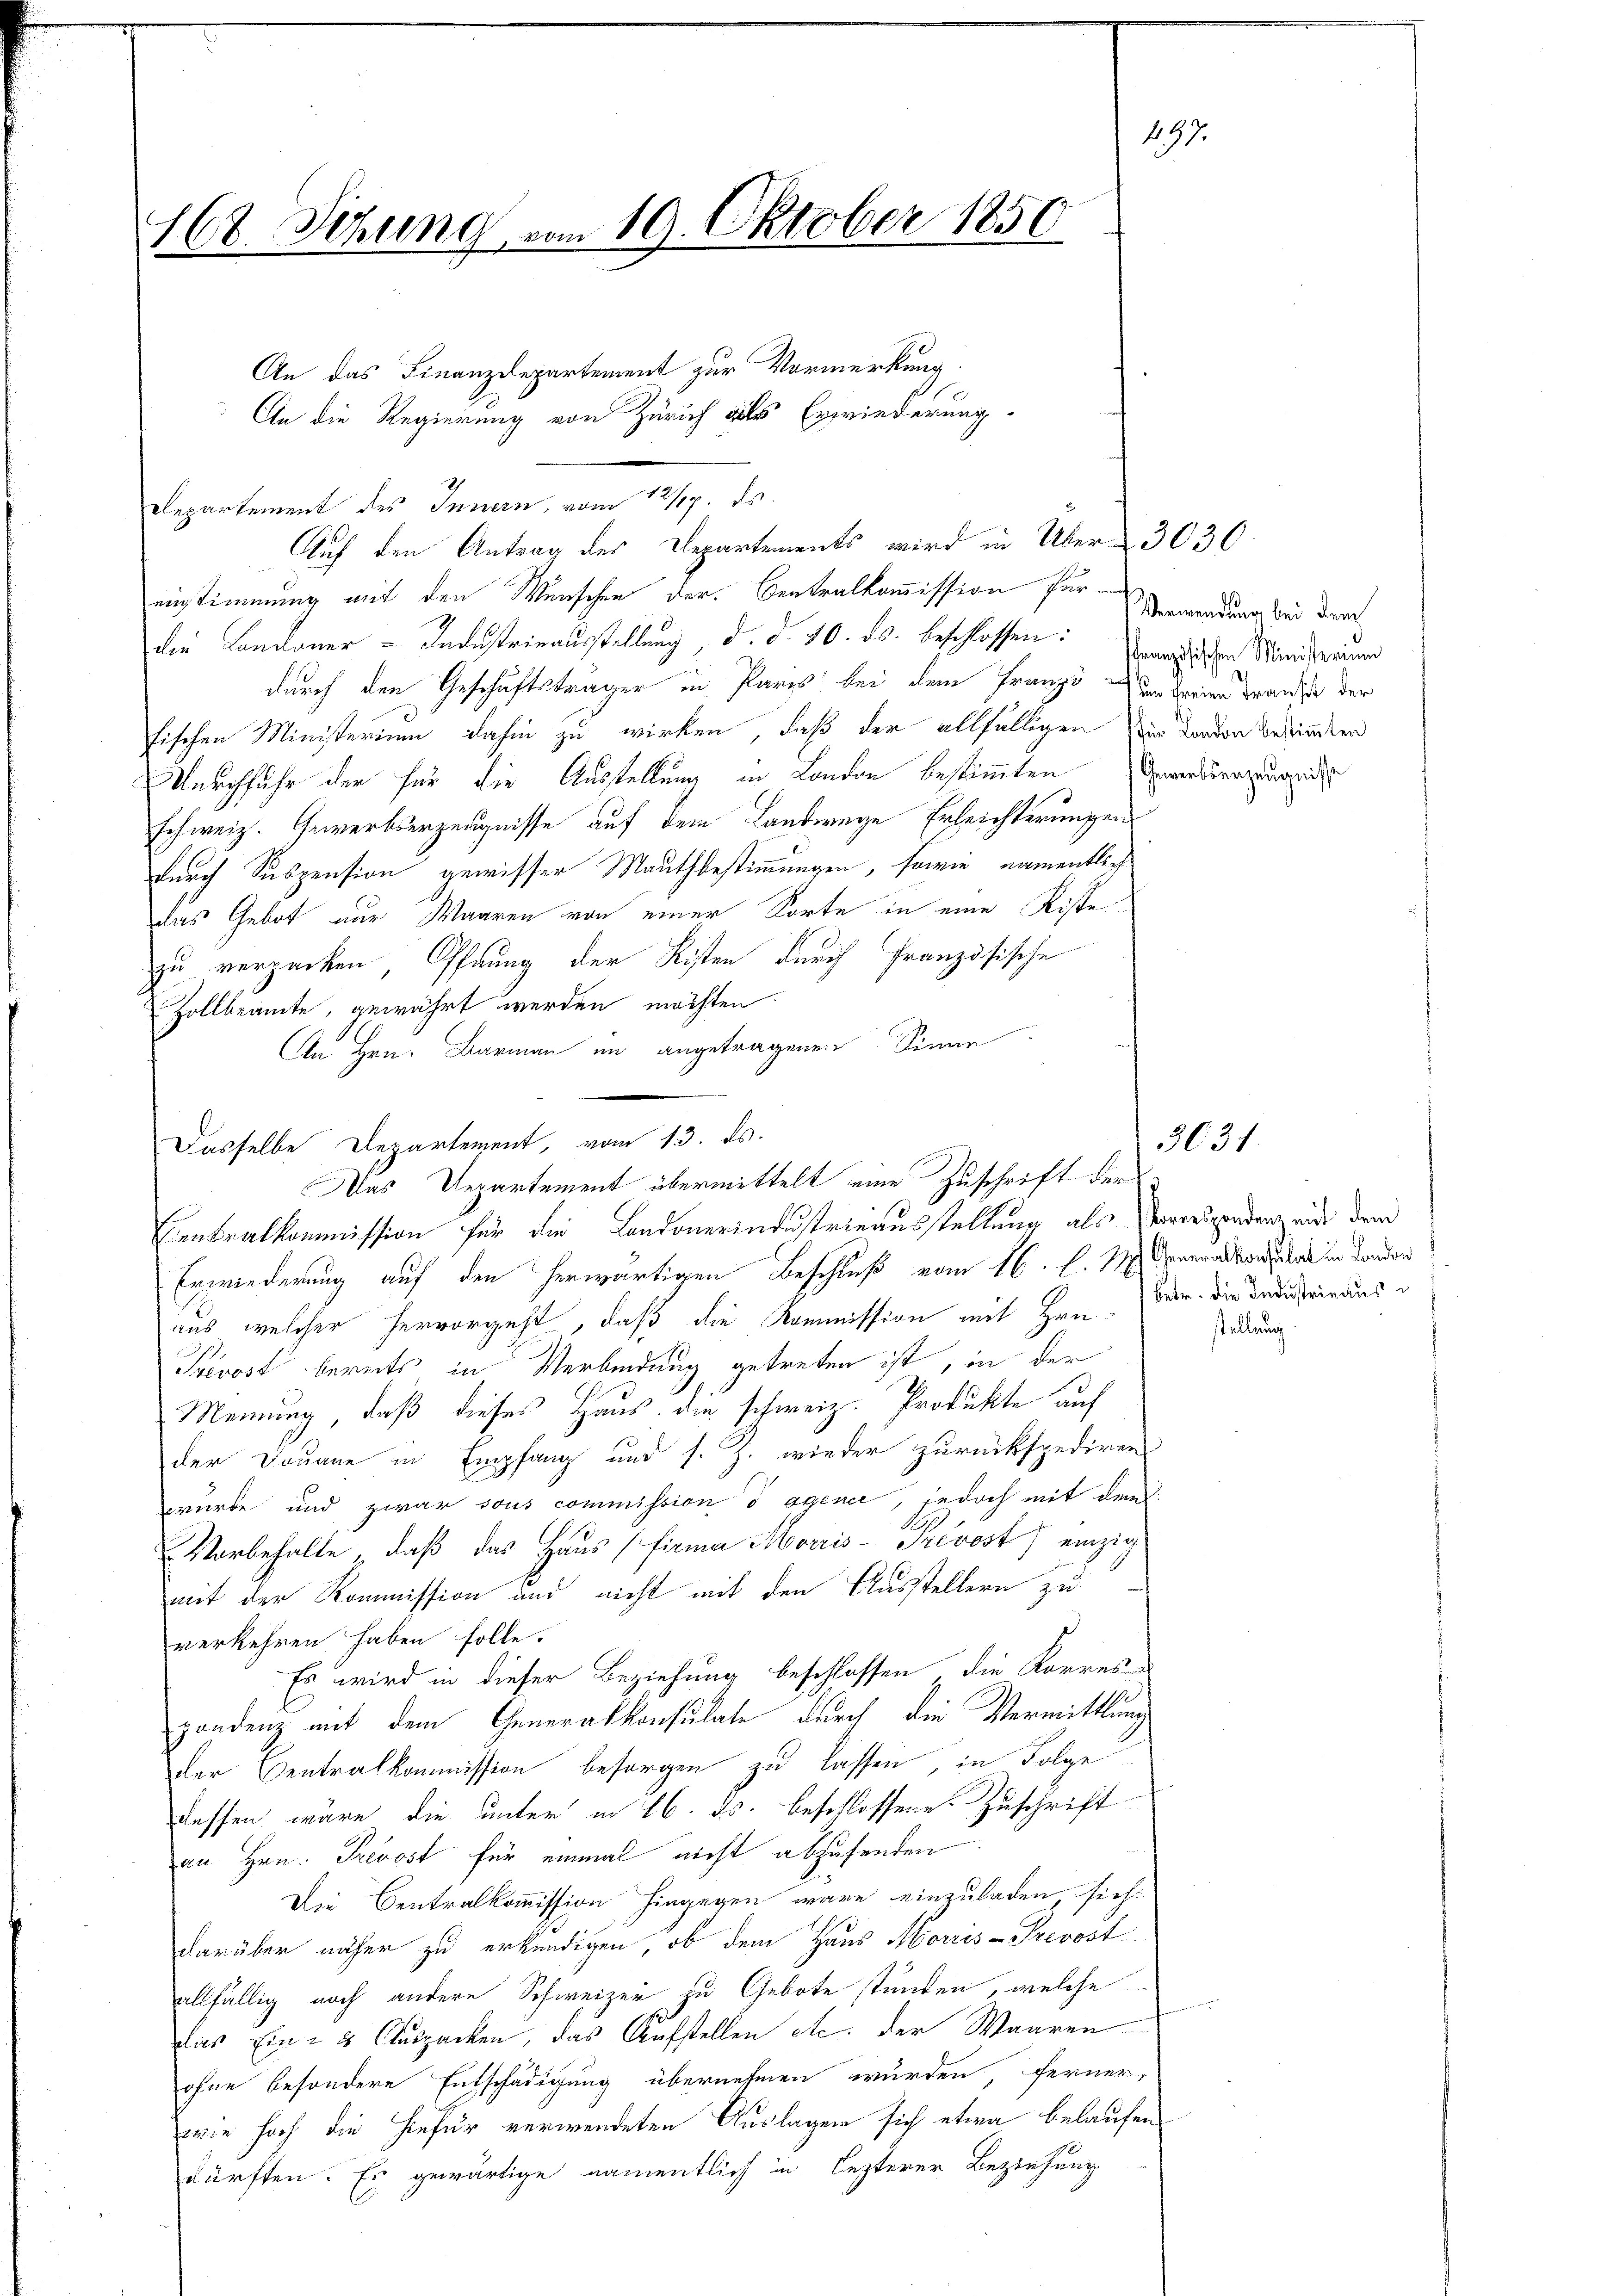
168. Setzung vom 19. Oktober 1850

einstimmung mit den Wünschen der Centralkommission für
die Landauer-Industrieausstellung d. d. 10. ds. beschlossen: Grandischen Ministerien
durch den Geschäftsträger in Paris bei dem Franzi der keiner Franze der
fischen Ministerium dahin zu wirken, daß der allfälligen der Forden bestimmten
Durchfuhr der für die Ausstellung in London bestimmten Erwerkserzeugniss
schweiz. Gewerbserzeugnisse auf dem Landwege Erleichterungen
durch Suspension gewisser Mauthbestimmungen, sowie namentlich
das Gebot nur Waaren von einer Sorte in eine Kiste
zu verpacken Offung der Kisten durch Französische
Zollbeamte, gewährt werden möchten
An Hrn. Barmann in angetragenen Sinne
Dasselbe Departement, vom 13. ds.
Erwiederung auf den herwärtigen Beschluß vom 16. l. M. Generalkonsulat in London
aus, welcher hervorgeht, daß die Kommission mit Hrn. Betr. die Industrinaus
Prevost bereits in Verbindung getreten ist, in der
Meinung, daß dieses Haus die schweiz. Produkte auf
der Douane in Empfang und s. Z. wieder zurückspediren
wurde und zwar sous commission sagene, jedoch mit dem
VVorbehalte daß das Haus (Firina Morris-Trevost) einzig
mit der Kommission und nicht mit den Ausstellern zu
verkehren haben solle.
Es wird in dieser Beziehung beschlossen die Korres-
pondenz mit dem Generalkonsulate durch die Vermittlung
Der Centralkommission besorgen zu lassen, in Folge
dessen wäre die unter in 16. ds. beschlossene Zuschrift
an Hrn. Prevost für einmal nicht abzusenden.
Die Centralkommission hingegen wäre einzuladen, sich
darüber näher zu erkundigen, ob dem Haus Morris - Prevost
allfällig noch andere Schweizer zu Gebote stünden, welche
das Ein- & Auspacken, das Aufstellen etc. der Waaren
ohne besondere Entschädigung übernehmen wurden, ferner,
wie hoch die hiefür verwendeten Auslagen sich etwa belaufen
dürften. Er gewärtige namentlich in lezterer Beziehung

An das Finanzdepartement zur Vormerkung.
Rlepartement des Innern, vom 12/17. ds.
Auf den Antrag des Departements wird in Über 3030

An die Regierung von Zürich als Erwiederung

Das Departement übermittelt eine Zuschrift der
Centralkommission für die Landonerindustrieausstellung als Vorresponden auf dem

197

Verwendung bei dem

3031.

stellung.